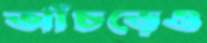
আঁচড়েও